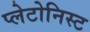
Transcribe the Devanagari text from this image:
प्लेटोनिस्ट